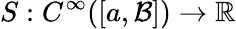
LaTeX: S:C^{\infty}([a,\mathcal{B}])\to\mathbb{{R}}